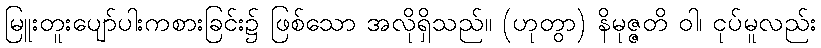
မြူးတူးပျော်ပါးကစားခြင်း၌ ဖြစ်သော အလိုရှိသည်။ (ဟုတွာ) နိမုဇ္ဇတိ ဝါ၊ ငုပ်မူလည်း